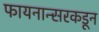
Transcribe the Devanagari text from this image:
फायनान्सरकडून